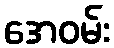
အေဝမ်း